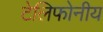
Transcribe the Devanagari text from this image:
टेलिफोनीय